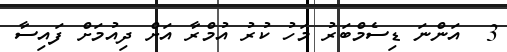
3  އަންނަ ޑިސެމްބަރު މަހު ކުރު އުމްރާ އަށް ދިއުމަށް ފައިސާ